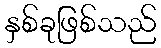
နှစ်ခုဖြစ်သည်